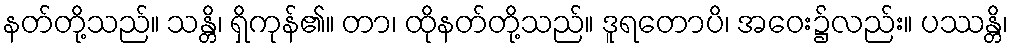
နတ်တို့သည်။ သန္တိ၊ ရှိကုန်၏။ တာ၊ ထိုနတ်တို့သည်။ ဒူရတောပိ၊ အဝေး၌လည်း။ ပဿန္တိ၊